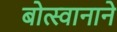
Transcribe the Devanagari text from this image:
बोत्स्वानाने